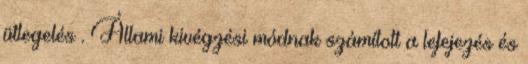
ütlegelés . Állami kivégzési módnak számított a lefejezés és